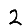
Digit: 2